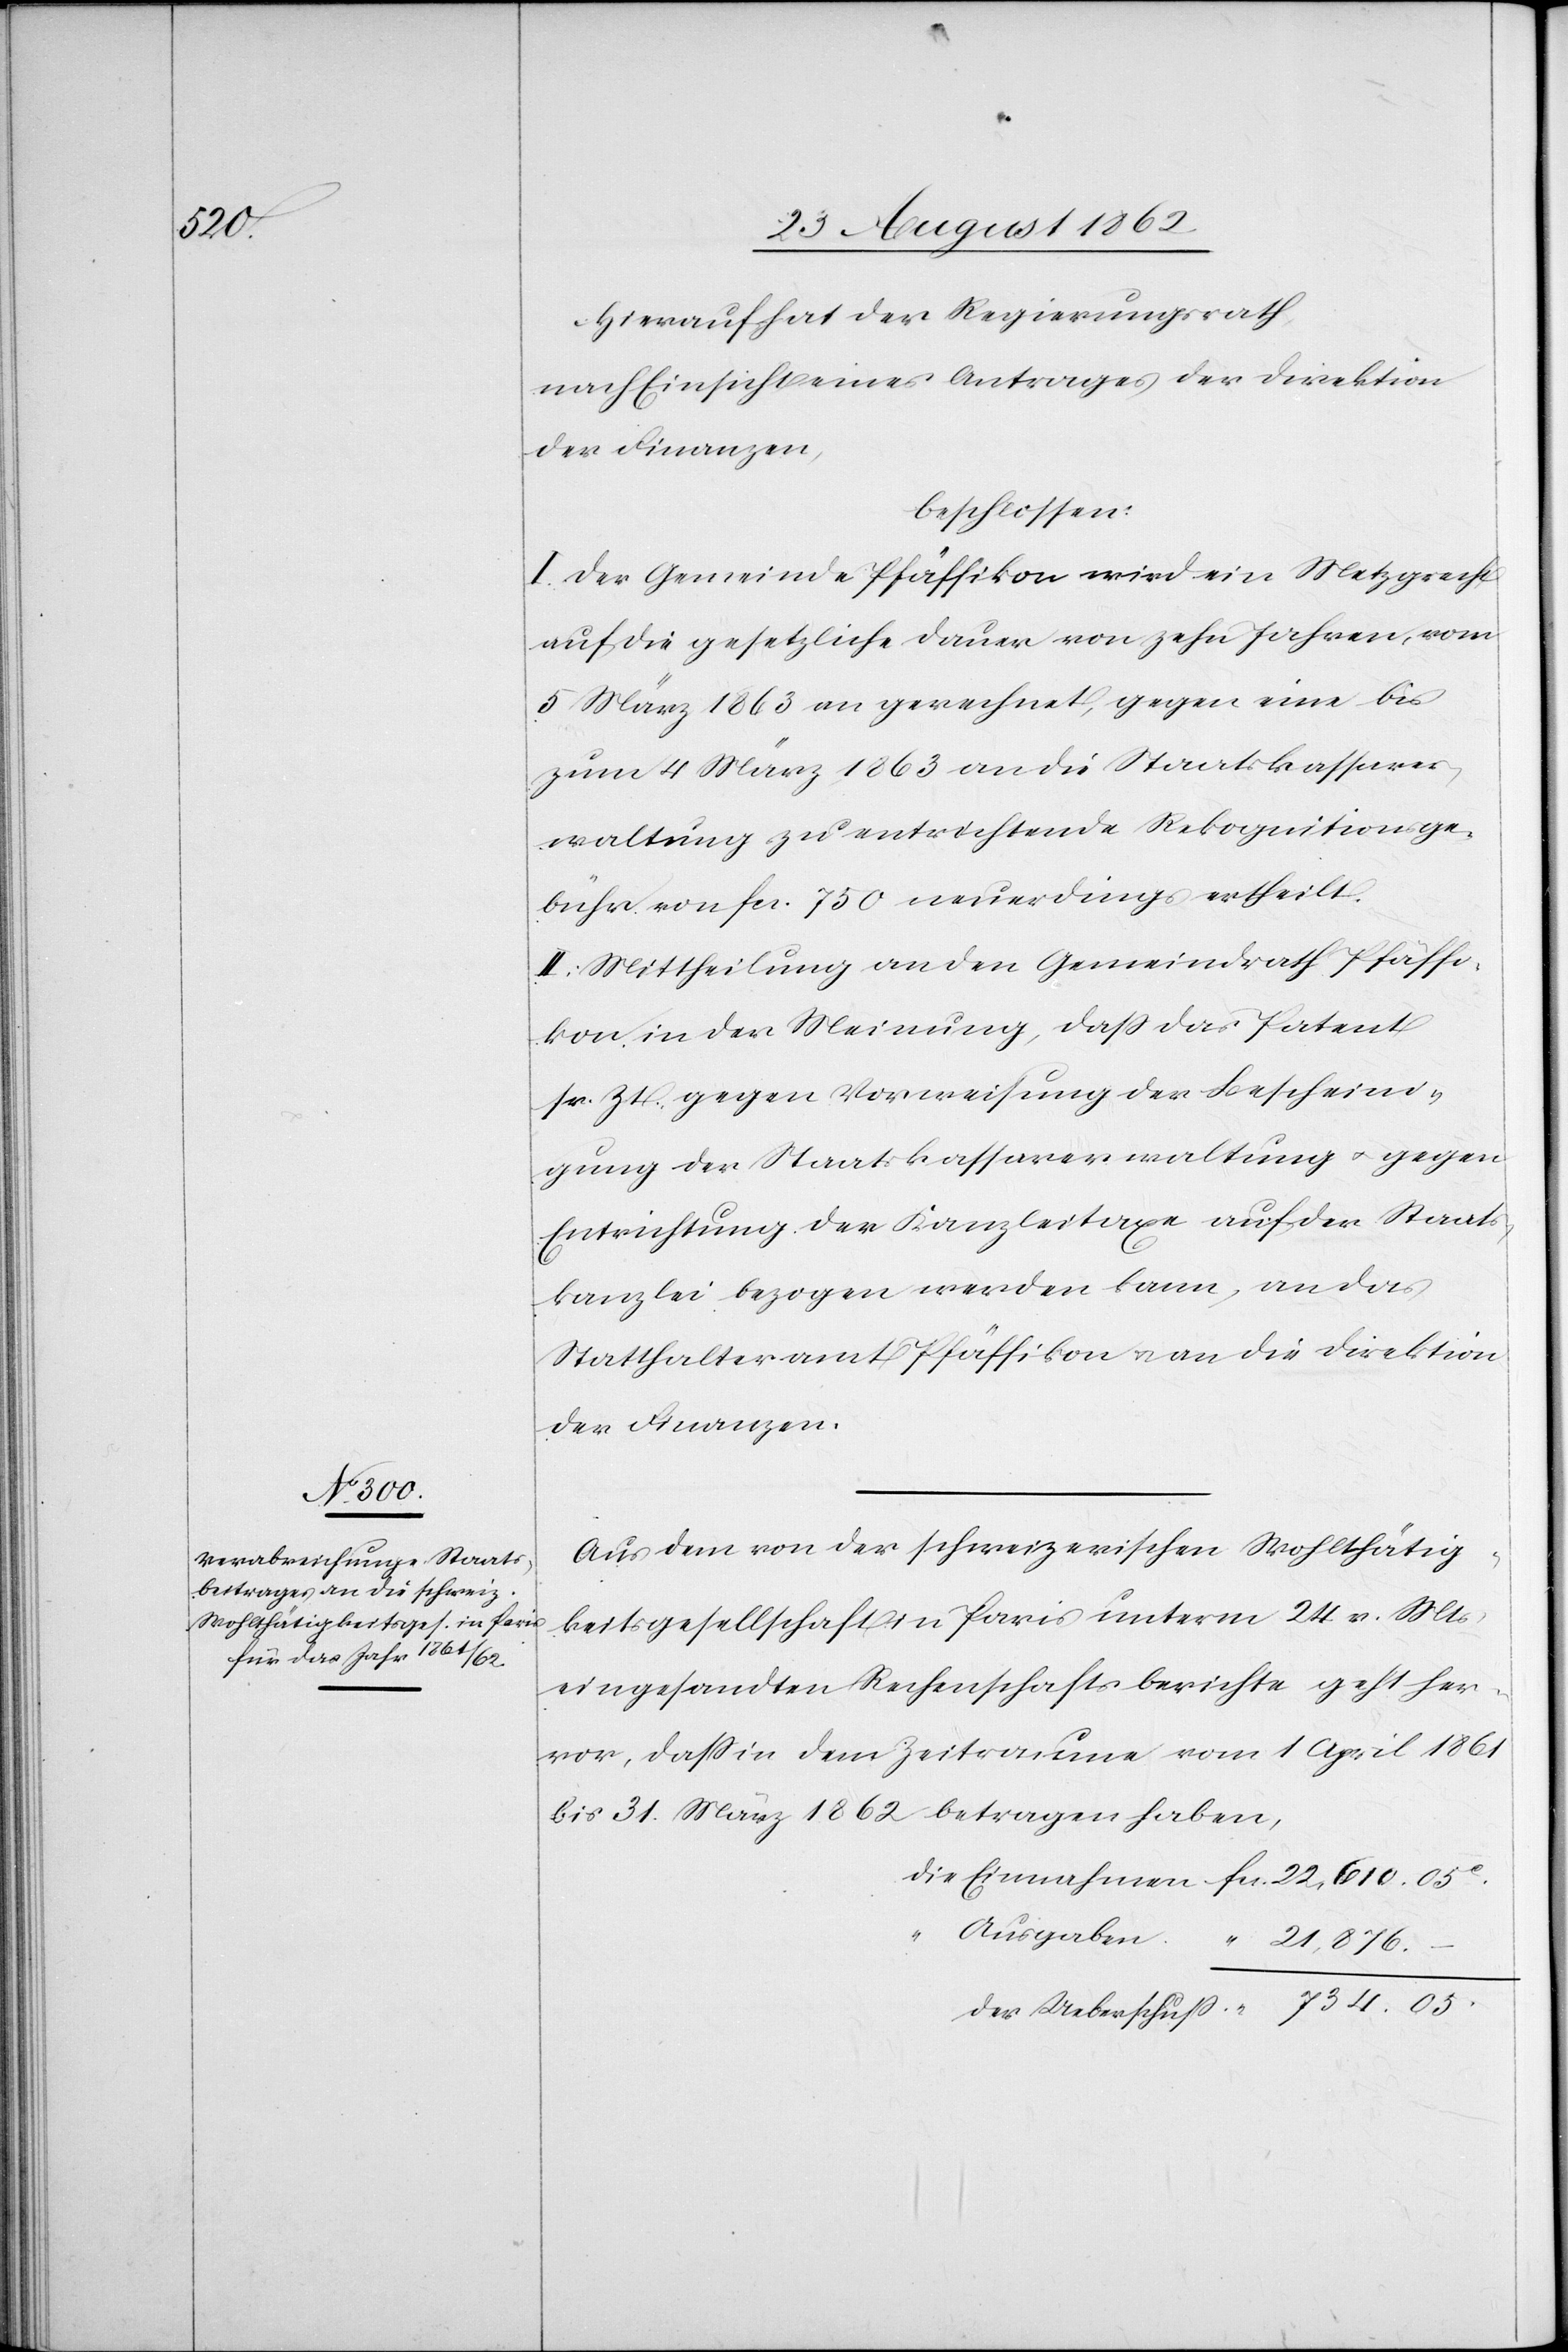
05.

Hierauf hat der Regierungsrath,
nach Einsicht eines Antrages der Direktion
der Finanzen,
beschlossen:
I. Der Gemeinde Pfäffikon wird ein Metzgrecht
auf die gesetzliche Dauer von zehn Jahren, vom
5. März 1863 an gerechnet, gegen eine bis
zum 4. März 1863 an die Staatskassaver¬
waltung zu entrichtende Rekognitionsge¬
bühr von fcs. 750 neuerdings ertheilt.
II. Mittheilung an den Gemeindrath Pfäffi¬
kon in der Meinung, daß das Patent
sr. Zt. gegen Vorweisung der Bescheini¬
gung der Staatskassaverwaltung u. gegen
Entrichtung der Kanzleitaxe auf der Staats¬
kanzlei bezogen werden kann, an das
Statthalteramt Pfäffikon u. an die Direktion
der Finanzen.
Aus dem von der schweizerischen Wohlthätig¬
keitsgesellschaft in Paris unterm 245. v. Mts.
eingesandten Rechenschaftsberichte geht her¬
vor, daß in dem Zeitraume vom 1. April 1861
bis 31. März 1862 betragen haben,
Ausgaben
21,876
Einnahmen